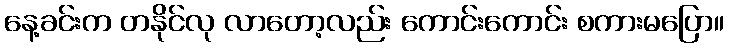
နေ့ခင်းက တနိုင်လု လာတော့လည်း ကောင်းကောင်း စကားမပြော။